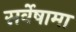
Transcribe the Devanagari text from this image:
सर्वेषामा